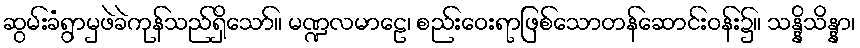
ဆွမ်းခံရွာမှဖဲခဲကုန်သည်ရှိသော်။ မဏ္ဍလမာဠေ၊ စည်းဝေးရာဖြစ်သောတန်ဆောင်းဝန်း၌။ သန္နိသိန္နာ၊